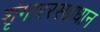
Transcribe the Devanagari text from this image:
शृंगाररसप्रधान